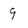
Character: 9